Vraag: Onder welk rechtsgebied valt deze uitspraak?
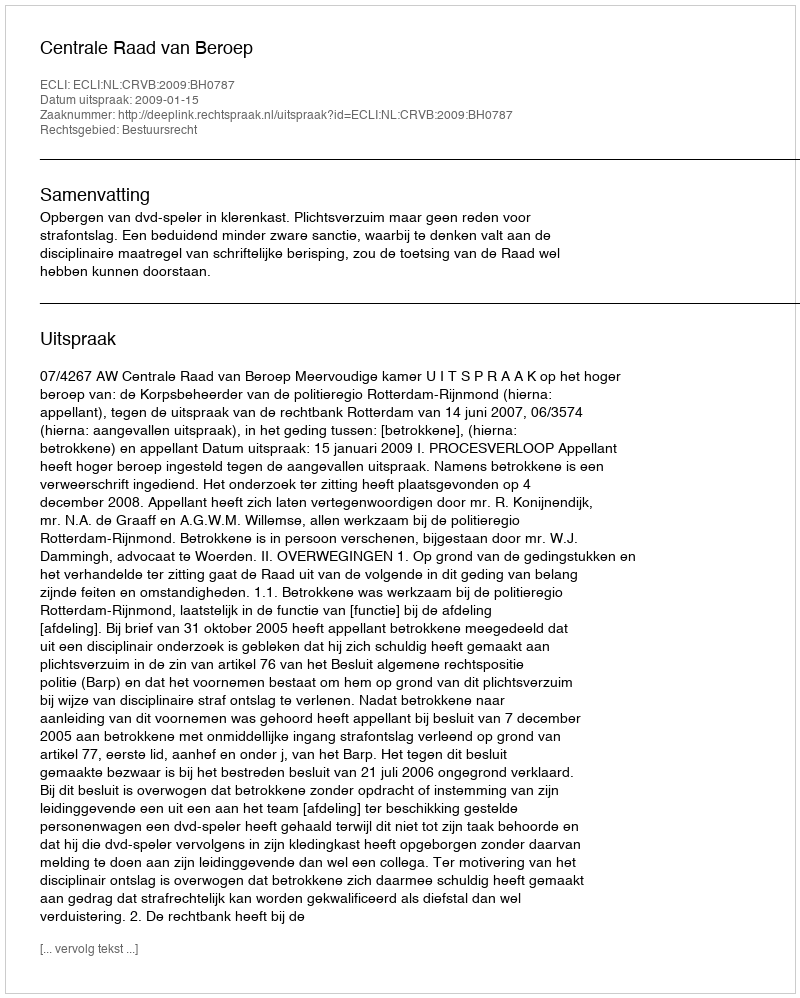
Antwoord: Bestuursrecht